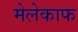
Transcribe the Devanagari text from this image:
मेलेकाफ